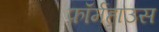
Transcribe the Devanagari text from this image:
फ़ॉर्महाउस